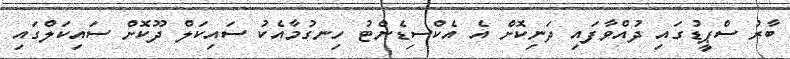
ބާރު ސްޕީޑުގައި ދުއްވާފައި ދަނިކޮށް އެ އެކްސިޑެންޓު ހިނގުމާއެކު ސައިކަލް ދޫކޮށް ސައިކަލްގައި